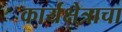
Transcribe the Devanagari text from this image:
कार्यक्षेत्राचा